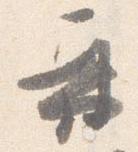
再